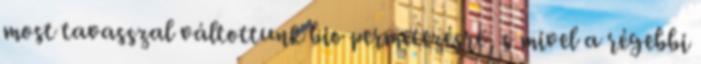
most tavasszal váltottunk bio permetezésre, s mivel a régebbi